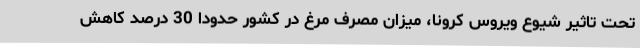
تحت تاثیر شیوع ویروس کرونا، میزان مصرف مرغ در کشور حدودا 30 درصد کاهش